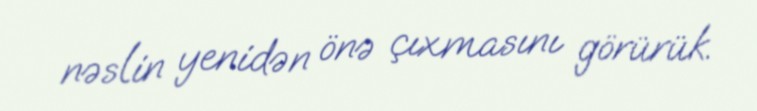
nəslin yenidən önə çıxmasını görürük.